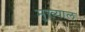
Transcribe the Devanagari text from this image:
मुख्याल